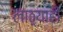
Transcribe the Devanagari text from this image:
लाठ्याही